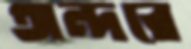
অন্দরে